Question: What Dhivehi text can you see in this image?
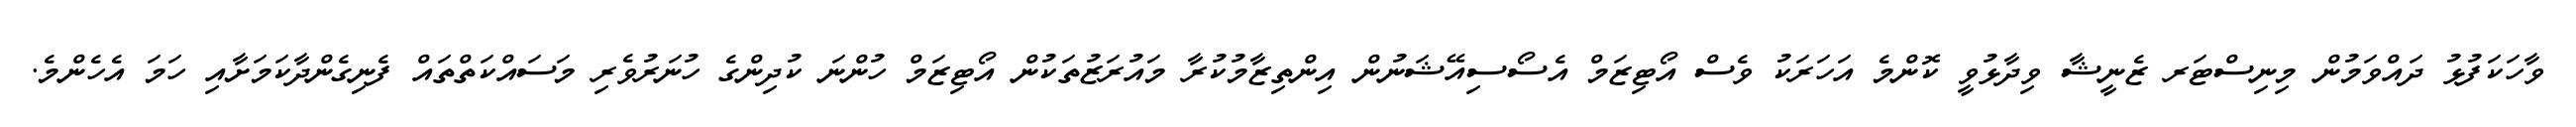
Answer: ވާހަކަފުޅު ދައްވަމުން މިނިސްޓަރ ޒެނީޝާ ވިދާޅުވީ ކޮންމެ އަހަރަކު ވެސް އޯޓިޒަމް އެސޯސިއޭޝަނުން އިންތިޒާމުކުރާ މައުރަޒުތަކުން އޯޓިޒަމް ހުންނަ ކުދިންގެ ހުނަރުވެރި މަސައްކަތްތައް ފެނިގެންދާކަމަށާއި ހަމަ އެހެންމެ.